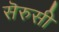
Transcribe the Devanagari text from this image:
सॆरुसी